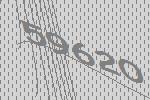
59620